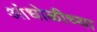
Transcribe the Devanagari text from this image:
आंधोळीच्या